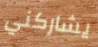
يشاركني